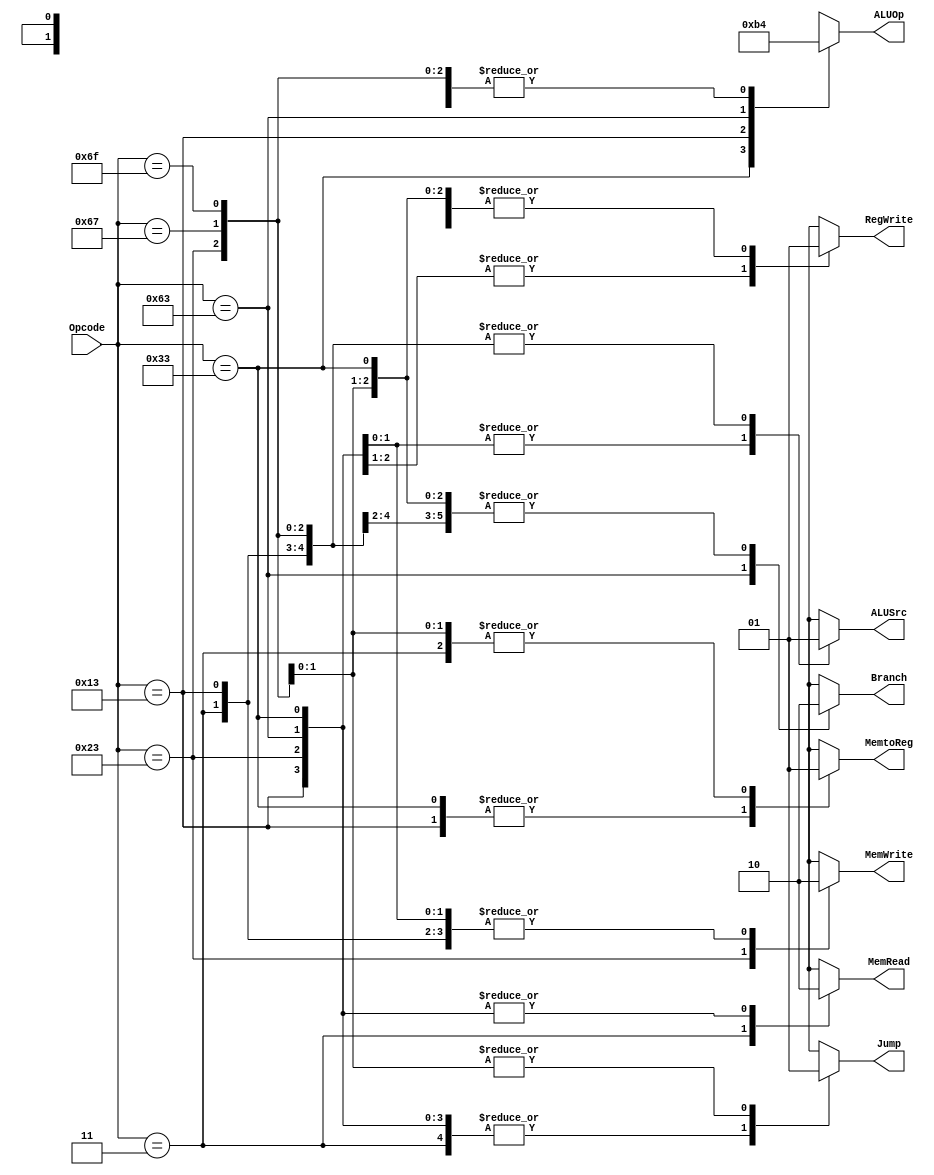
`timescale 1ns / 1ps
//////////////////////////////////////////////////////////////////////////////////
// Company: 
// Engineer: 
// 
// Design Name: 
// Module Name: Control_Unit
// Project Name: 
// Target Devices: 
// Tool Versions: 
// Description: 
// 
// Dependencies: 
// 
// Revision:
// Revision 0.01 - File Created
// Additional Comments:
// 
//////////////////////////////////////////////////////////////////////////////////


module Control_Unit(
input [6:0] Opcode,
	output reg Branch, MemRead, MemtoReg, MemWrite, ALUSrc, RegWrite, Jump,
	output reg [1:0]ALUOp
);

	always @ (Opcode)
	begin
		case (Opcode)
			7'b0110011: // R type
				begin
				  Jump = 0;
					Branch = 0;
					MemRead = 0;
					MemtoReg = 0;
					MemWrite = 0;
					ALUSrc = 0;
					RegWrite = 1;
					ALUOp = 2'b10;
				end
			
			7'b0000011: // ld 
				begin
				  Jump = 0;
					Branch = 0;
					MemRead = 1;
					MemtoReg = 1;
					MemWrite = 0;
					ALUSrc = 1;
					RegWrite = 1;
					ALUOp = 2'b00;
				end
			7'b0010011: // addi and slli
				begin
				    Jump = 0;
					Branch = 0;
					MemRead = 0;
					MemtoReg = 0;
					MemWrite = 0;
					ALUSrc = 1;
					RegWrite = 1;
					ALUOp = 2'b11;
				end
			7'b0100011: // SD
				begin
				   Jump = 0;
					Branch = 0;
					MemRead = 0;
					MemtoReg = 1'bx;
					MemWrite = 1;
					ALUSrc = 1;
					RegWrite = 0;
					ALUOp = 2'b00;
				end
			7'b1100011:  //SB
				begin
				    Jump = 0;
					Branch = 1;
					MemRead = 0;
					MemtoReg = 1'bx;
					MemWrite = 0;
					ALUSrc = 0;
					RegWrite = 0;
					ALUOp = 2'b01;
				end
				
			7'b1100111: // jalr
			begin
			    Jump = 1;
			    Branch = 0;
                MemRead = 1'bx;
                MemtoReg = 1;
                MemWrite = 1'bx;
                ALUSrc = 1;
                RegWrite = 1;
                ALUOp = 2'b00;
			end
			
			7'b1101111: // jal
			begin
			    Jump = 1;
			    Branch = 0;
                MemRead = 1'bx;
                MemtoReg = 1;
                MemWrite = 1'bx;
                ALUSrc = 1;
                RegWrite = 1;
                ALUOp = 2'b00;
			end
			default:
			 begin
			    Jump = 1'bx;
			    Branch = 1'bx;
                MemRead = 1'bx;
                MemtoReg = 1'bx;
                MemWrite = 1'bx;
                ALUSrc = 1'bx;
                RegWrite = 1'bx;
                ALUOp = 2'bx;
			 end
			 
		endcase
	end

endmodule